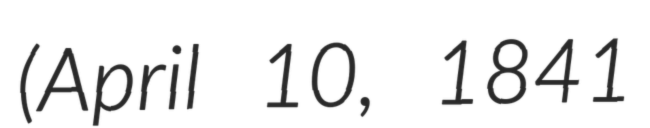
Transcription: (April 10, 1841